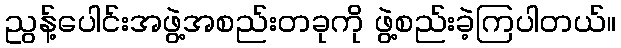
ညွန့်ပေါင်းအဖွဲ့အစည်းတခုကို ဖွဲ့စည်းခဲ့ကြပါတယ်။